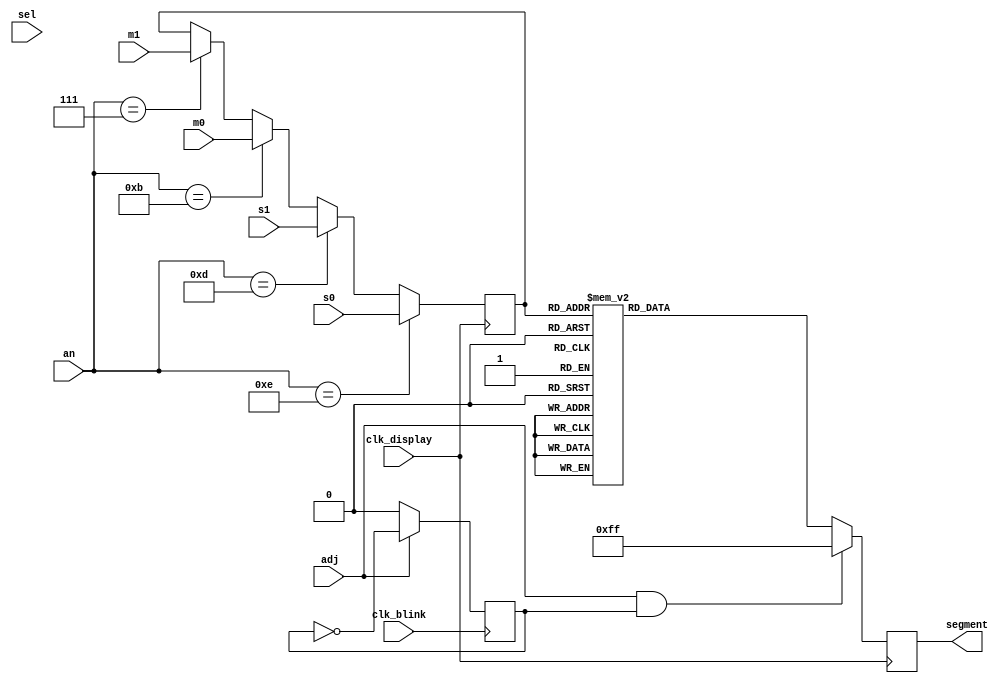
module segment_display(
    input adj,
    input sel,
    input clk_display,
    input clk_blink,
    input [3:0] an,
    input wire [3:0] s0,
    input wire [3:0] s1,
    input wire [3:0] m0,
    input wire [3:0] m1,
    output reg [7:0] segment
);

reg blink = 0; 
reg [3:0] digit;

always @(posedge clk_blink) begin
    if (adj) begin
        blink <= ~blink;
    end else begin
        blink <= 0;
    end
end

always @ (posedge clk_display) begin
    if (an == 4'b1110)
        digit <= s0;
    else if (an == 4'b1101)
        digit <= s1;
    else if (an == 4'b1011)
        digit <= m0;
    else if (an == 4'b0111)
        digit <= m1;
        
    if (adj && blink) begin
        segment = 8'b11111111;
    end else begin
        case (digit)
    	    4'h0: segment = 8'b11000000;
            4'h1: segment = 8'b11111001;
            4'h2: segment = 8'b10100100;
            4'h3: segment = 8'b10110000;
            4'h4: segment = 8'b10011001;
            4'h5: segment = 8'b10010010;
            4'h6: segment = 8'b10000010;
            4'h7: segment = 8'b11111000;
            4'h8: segment = 8'b10000000;
            4'h9: segment = 8'b10010000;
        default: 
            segment = 8'b11111111; // Blank
        endcase
    end
end

endmodule